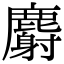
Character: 麝